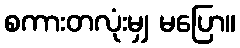
စကားတလုံးမျှ မပြော။